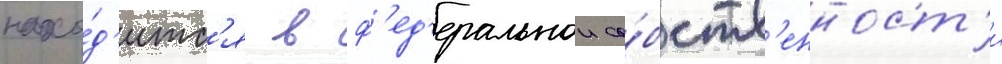
нахо́д'итс'я в ф'ед'еральнои со́бств'енност'и